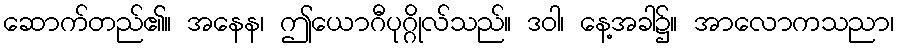
ဆောက်တည်၏။ အနေန၊ ဤယောဂီပုဂ္ဂိုလ်သည်။ ဒဝါ၊ နေ့အခါ၌။ အာလောကသညာ၊